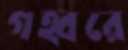
গহ্বরে